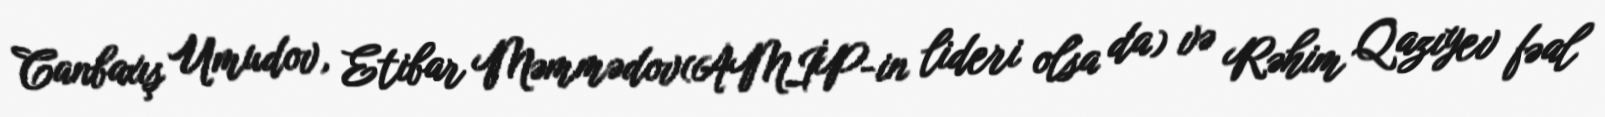
Canbaxış Umudov, Etibar Məmmədov(AMİP-in lideri olsa da) və Rəhim Qazıyev fəal